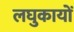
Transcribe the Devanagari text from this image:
लघुकायों